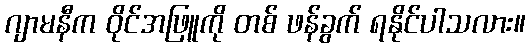
ဂျာမနီက ဝိုင်အဖြူကို တစ် ဖန်ခွက် ရနိုင်ပါသလား။